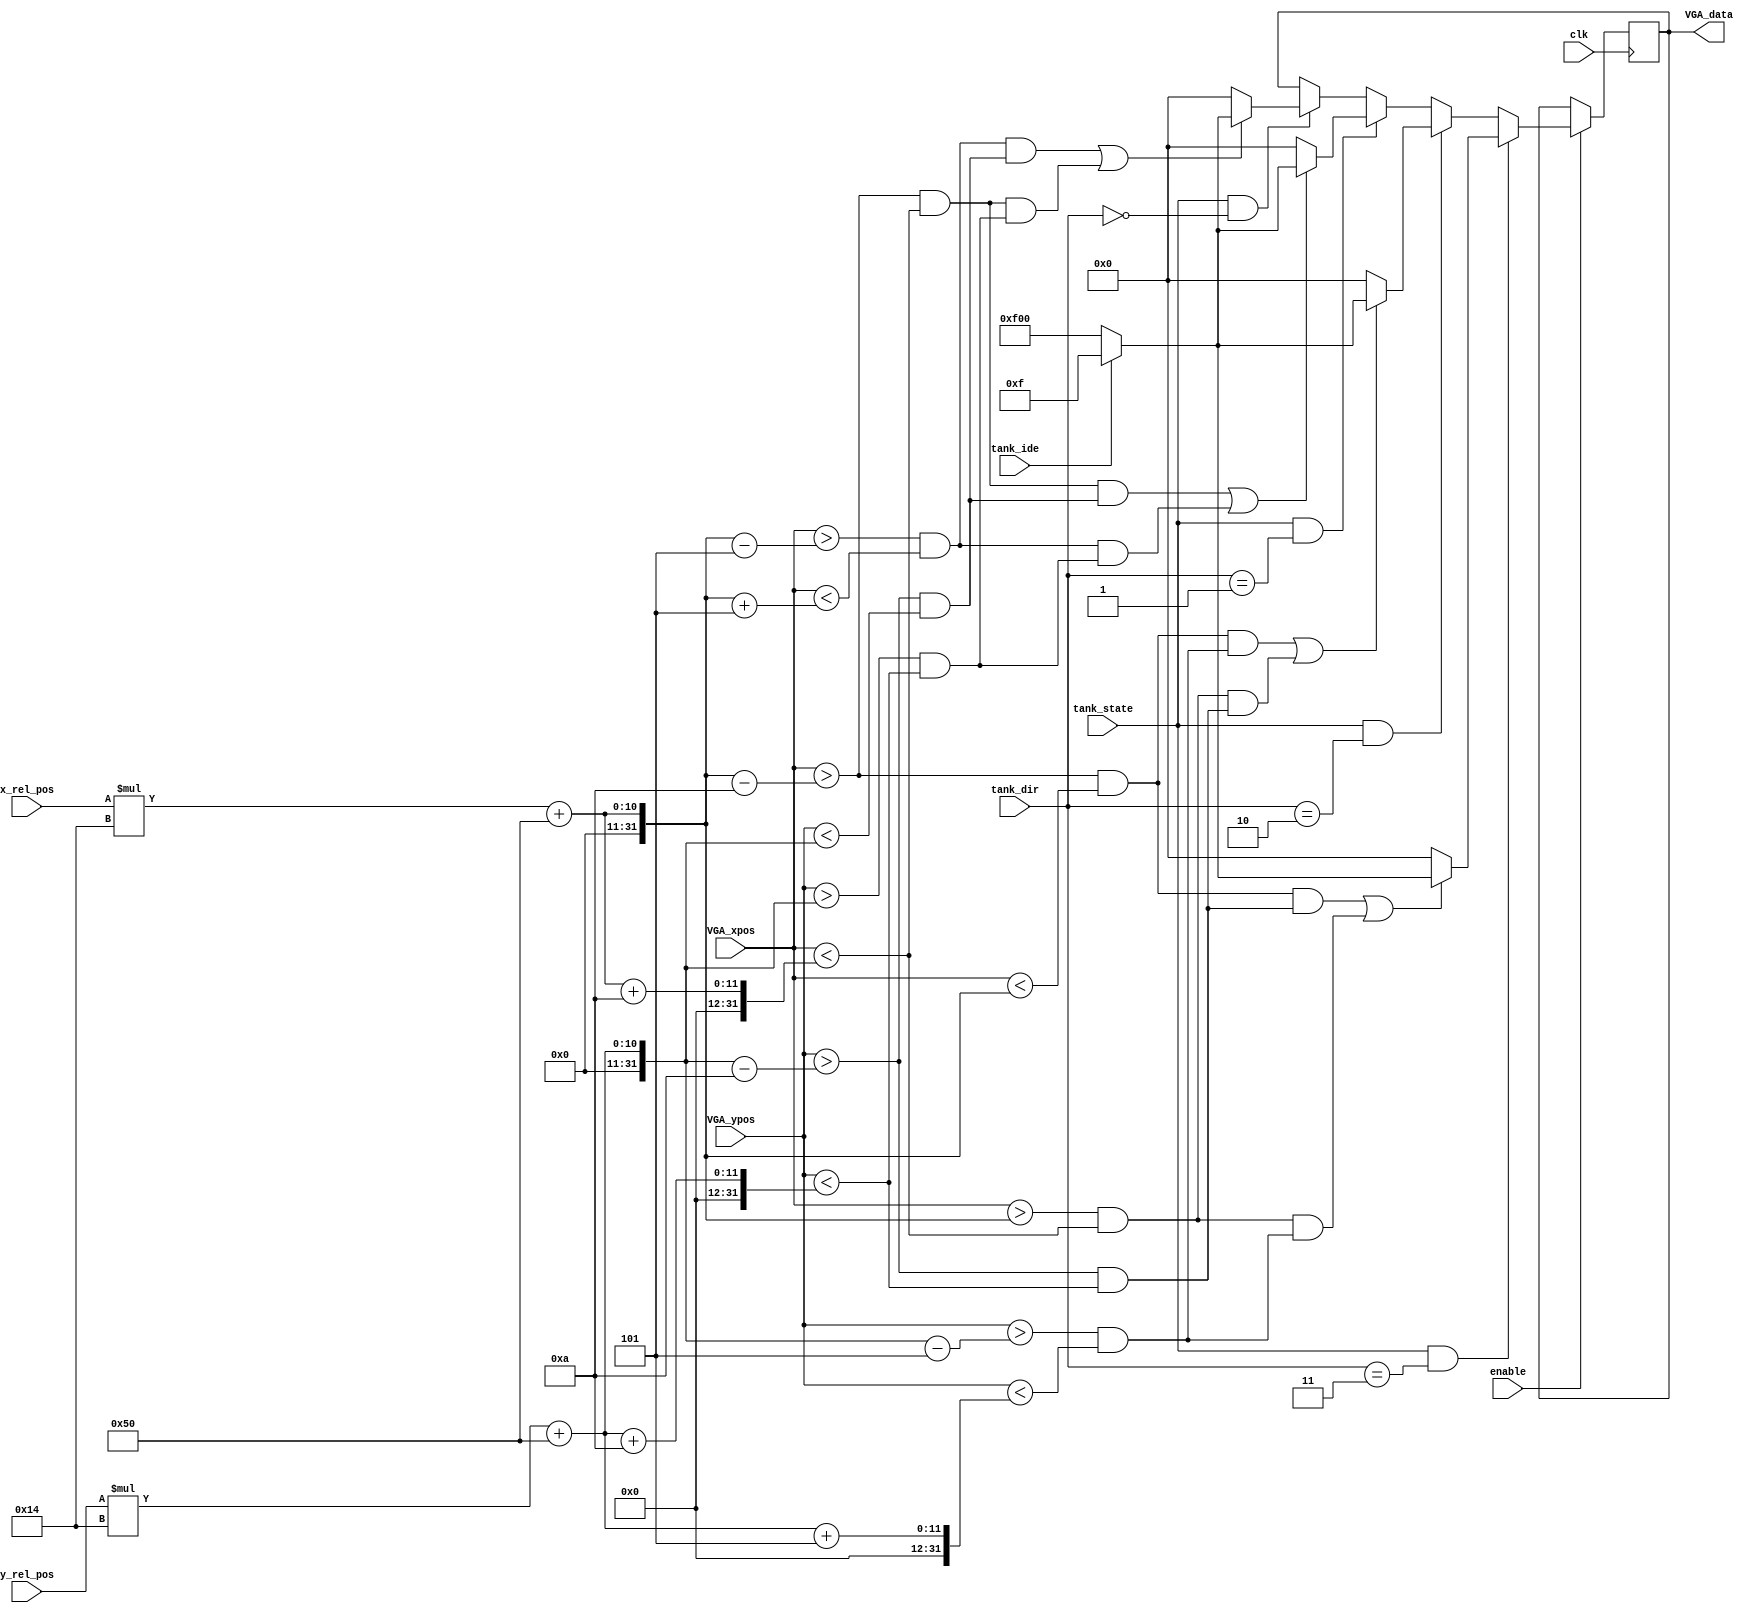
/*=======================================================
Author				:				ctlvie
Email Address		:				ctlvie@gmail.com
Filename			:				tank_display.v
Date				:				2018-05-05
Description			:				The tanks' display module
									(Similar to physical layer)
									(convert the x/y relative coordinate to VGA data)

Modification History:
Date		By			Version		Description
----------------------------------------------------------
180505		ctlvie		0.5			Module interface definition
180507		ctlvie		1.0			Initial coding completed (unverified)
180508		ctlvie		1.1			Corrected the reg conflict error(unverified)
180510		ctlvie		1.5			Full Version!
180512		ctlvie		1.6			1. Change the coordinate
									2. Add enable interface
									3. Change the tank's size
180525		ctlvie		2.0			Final Version
========================================================*/
`timescale 1ns/1ns

//----------------------------------------------------------
//Define the colour parameter RGB 4|4|4
`define	RED			12'hF00
`define	GREEN		12'h0F0
`define	BLUE		12'h00F
`define	WHITE		12'hFFF
`define	BLACK		12'h000
`define	YELLOW		12'hFF0
`define	CYAN		12'hF0F
`define	ROYAL		12'h0FF

module tank_display
(
	input			clk,
	input			enable,
	//input the relative position of tank
	input	[4:0]	x_rel_pos,
	input	[4:0]	y_rel_pos,
	input	[10:0]	VGA_xpos,
	input	[10:0]	VGA_ypos,
	
	input			tank_state,	//the state of tank
	input			tank_ide,	//the identify of tank (my tank(1'b1) or enemy tank(1'b0))
	input	[1:0]	tank_dir,	//the direction of tank
	
	//output the VGA data
	output	reg	[11:0]	VGA_data
);


  always@(posedge clk)
  begin
  if(enable)
  begin
  // direction = upward 
    if (tank_state == 1'b1 && tank_dir == 2'b00)
    begin
      if (((VGA_xpos > x_rel_pos * 20 + 80 - 5)&&(VGA_xpos < x_rel_pos * 20 + 80 + 5))&&((VGA_ypos > y_rel_pos * 20 + 80 - 10)&&(VGA_ypos < y_rel_pos * 20 + 80)) ||
      ((VGA_xpos > x_rel_pos * 20 + 80 - 10)&&(VGA_xpos < x_rel_pos *20 + 80 + 10))&&((VGA_ypos > y_rel_pos * 20 + 80)&&(VGA_ypos < y_rel_pos * 20 + 80 + 10))) 
        begin
          if (tank_ide == 1'b1)  VGA_data <= `BLUE;
          else VGA_data <= `RED;
        end
      else
	  VGA_data <= 12'h000;
	end
  // direction = downward
    if (tank_state == 1'b1 && tank_dir == 2'b01)
    begin
      if (((VGA_xpos > x_rel_pos * 20 + 80 - 10)&&(VGA_xpos < x_rel_pos * 20 + 80 + 10))&&((VGA_ypos > y_rel_pos * 20 + 80 - 10)&&(VGA_ypos < y_rel_pos * 20 + 80)) ||
          ((VGA_xpos > x_rel_pos * 20 + 80 - 5)&&(VGA_xpos < x_rel_pos *20 + 80 + 5))&&((VGA_ypos > y_rel_pos * 20 + 80)&&(VGA_ypos < y_rel_pos * 20 + 80 + 10))) 
        begin
          if (tank_ide == 1'b1)  VGA_data <= `BLUE;
          else VGA_data <= `RED;
        end
      else
	  VGA_data <= 12'h000;
    end 
  //direction = left
    if (tank_state == 1'b1 && tank_dir == 2'b10)
    begin
      if (((VGA_xpos > x_rel_pos * 20 + 80 - 10)&&(VGA_xpos < x_rel_pos * 20 + 80 ))&&((VGA_ypos > y_rel_pos * 20 + 80 - 5)&&(VGA_ypos < y_rel_pos * 20 + 80 + 5)) ||
          ((VGA_xpos > x_rel_pos * 20 + 80 )&&(VGA_xpos < x_rel_pos *20 + 80 + 10))&&((VGA_ypos > y_rel_pos * 20 + 80 - 10)&&(VGA_ypos < y_rel_pos * 20 + 80 + 10))) 
        begin
          if (tank_ide == 1'b1)  VGA_data <= `BLUE;
          else VGA_data <= `RED;
        end
      else
	  VGA_data <= 12'h000;
    end 
  //direction = right
    if (tank_state == 1'b1 && tank_dir == 2'b11)
    begin
      if (((VGA_xpos > x_rel_pos * 20 + 80 - 10)&&(VGA_xpos < x_rel_pos * 20 + 80 ))&&((VGA_ypos > y_rel_pos * 20 + 80 - 10)&&(VGA_ypos < y_rel_pos * 20 + 80 + 10)) ||
          ((VGA_xpos > x_rel_pos * 20 + 80 )&&(VGA_xpos < x_rel_pos *20 + 80 + 10))&&((VGA_ypos > y_rel_pos * 20 + 80 - 5)&&(VGA_ypos < y_rel_pos * 20 + 80 + 5))) 
        begin
          if (tank_ide == 1'b1)  VGA_data <= `BLUE;
          else VGA_data <= `RED;
        end
      else
	  VGA_data <= 12'h000;
    end
  end
  end
  
endmodule